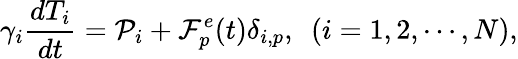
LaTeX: \gamma_{i}\frac{dT_{i}}{dt}=\mathcal P_{i}+\mathcal F_{p}^{e}(t)\delta_{i,p},~~(i=1,2,\cdots,N),